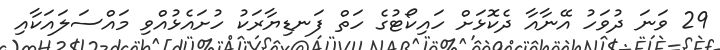
29 ވަނަ ދުވަހު އޭނާއާ ދެކޮޅަށް ހައިކޯޓުގެ ހަތް ފަނޑިޔާރަކު ހުށައެޅުއްވި މައްސަލައަކާއި